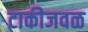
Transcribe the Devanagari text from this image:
टाकीजवळ